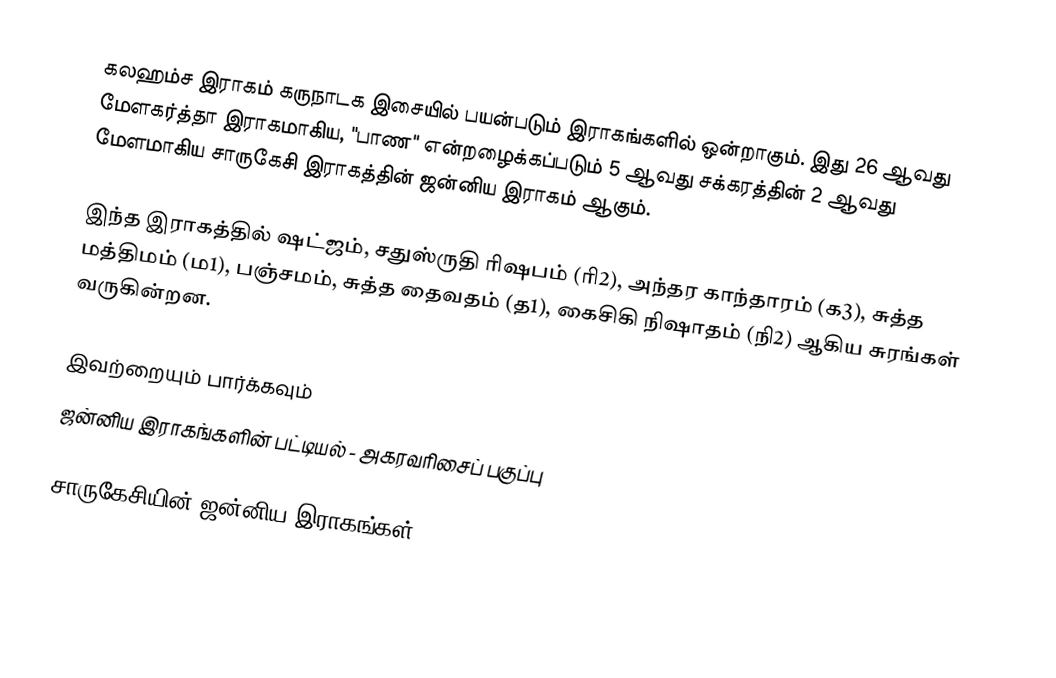
கலஹம்ச இராகம் கருநாடக இசையில் பயன்படும் இராகங்களில் ஒன்றாகும். இது 26 ஆவது மேளகர்த்தா இராகமாகிய, "பாண" என்றழைக்கப்படும் 5 ஆவது சக்கரத்தின் 2 ஆவது மேளமாகிய சாருகேசி இராகத்தின் ஜன்னிய இராகம் ஆகும்.

இந்த இராகத்தில் ஷட்ஜம், சதுஸ்ருதி ரிஷபம் (ரி2),  அந்தர காந்தாரம் (க3), சுத்த மத்திமம் (ம1), பஞ்சமம், சுத்த தைவதம் (த1), கைசிகி நிஷாதம்  (நி2) ஆகிய சுரங்கள் வருகின்றன.

இவற்றையும் பார்க்கவும்
 ஜன்னிய இராகங்களின் பட்டியல் - அகரவரிசைப் பகுப்பு

சாருகேசியின் ஜன்னிய இராகங்கள்